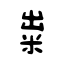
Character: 粜